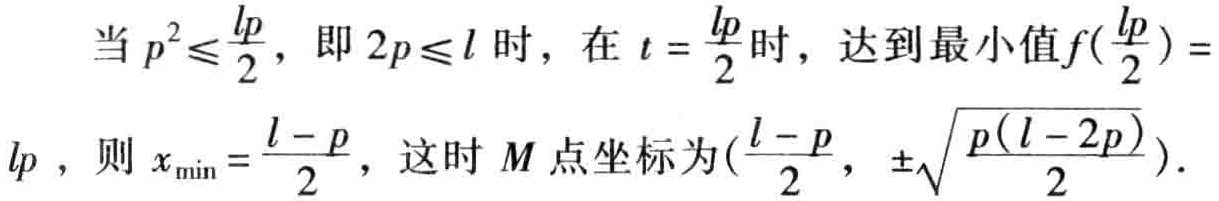
当 \(p^{2}\leq\frac{lp}{2}\)，即 \(2p\leq l\) 时，在 \(t = \frac{lp}{2}\) 时，达到最小值 \(f(\frac{lp}{2}) =\)
\(lp\)，则 \(x_{\min}=\frac{l - p}{2}\)，这时 \(M\) 点坐标为 \((\frac{l - p}{2}, \pm\sqrt{\frac{p(l - 2p)}{2}})\)。